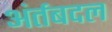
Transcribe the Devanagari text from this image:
अंर्तबदल